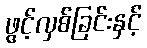
ဖွင့်လှစ်ခြင်းနှင့်